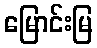
မြောင်းမြ